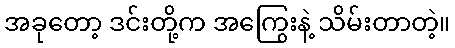
အခုတော့ ဒင်းတို့က အကြွေးနဲ့ သိမ်းတာတဲ့။